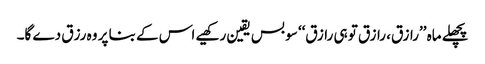
پچھلے ماہ ’’رازق، رازق تو ہی رازق‘‘ سو بس یقین رکھیے اس کے بنا پر وہ رزق دے گا۔